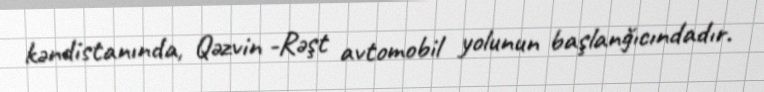
kəndistanında, Qəzvin -Rəşt avtomobil yolunun başlanğıcındadır.